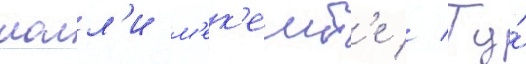
молл'и м'ек'емб'е // Ту́